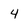
Character: 4